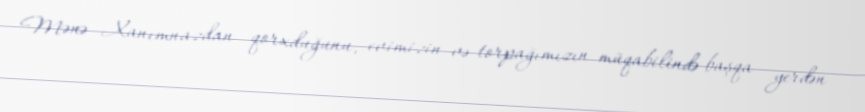
Mənə Xanımnazdan qorxduğunu, evimizin və torpağımızın müqabilində başqa yerdən